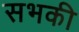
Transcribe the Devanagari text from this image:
सभकी